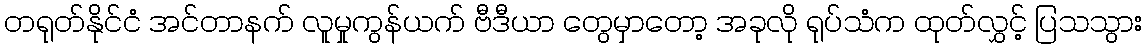
တရုတ်နိုင်ငံ အင်တာနက် လူမှုကွန်ယက် ဗီဒီယာ တွေမှာတော့ အခုလို ရုပ်သံက ထုတ်လွှင့် ပြသသွား